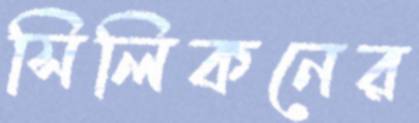
সিলিকনের